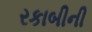
રકાબીની